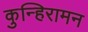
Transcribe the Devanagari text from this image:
कुन्हिरामन